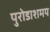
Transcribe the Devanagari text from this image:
पुरोडाशमय